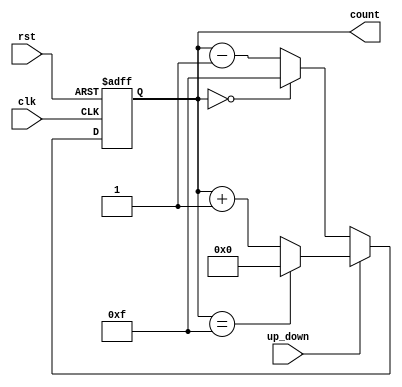
module up_down_counter (
    input wire clk,             // Clock signal
    input wire rst,             // Asynchronous reset signal
    input wire up_down,         // Up/Down control signal
    output reg [3:0] count      // 4-bit count output
);

    // Asynchronous reset
    always @(posedge clk or posedge rst) begin
        if (rst) begin
            count <= 4'b0000;   // Reset count to 0
        end else begin
            // Up/Down counting logic
            if (up_down) begin
                // Count Up
                if (count == 4'b1111) begin
                    count <= 4'b0000; // Wrap around on overflow
                end else begin
                    count <= count + 1;
                end
            end else begin
                // Count Down
                if (count == 4'b0000) begin
                    count <= 4'b1111; // Wrap around on underflow
                end else begin
                    count <= count - 1;
                end
            end
        end
    end
endmodule